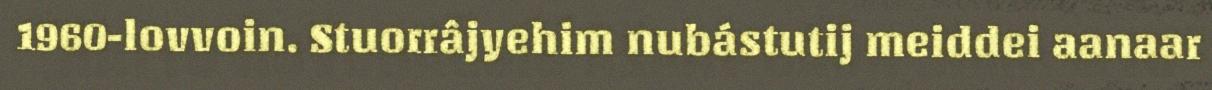
1960-lovvoin. Stuorrâjyehim nubástutij meiddei aanaar